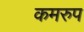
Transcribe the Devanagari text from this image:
कमरुप